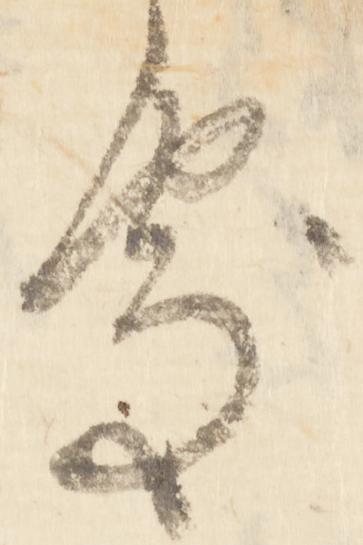
処